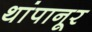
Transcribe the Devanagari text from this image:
थांपानूर